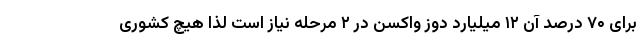
برای ۷۰ درصد آن ۱۲ میلیارد دوز واکسن در ۲ مرحله نیاز است لذا هیچ کشوری